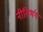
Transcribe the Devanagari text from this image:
नीतिभंग